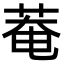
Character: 菴